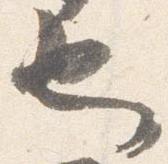
也